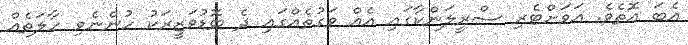
އެބަ އޮތެވެ. އަވަށްޓެރި ސްރީލަންކާގައި އެއް ވަގުތެއްގައި ދެ ބޮޑުވަޒީރަކު ހުންނެވި ހާލަތެއް